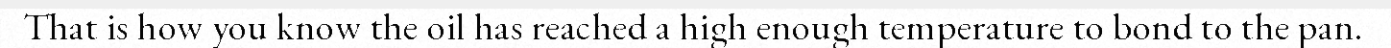
That is how you know the oil has reached a high enough temperature to bond to the pan.